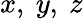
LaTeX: x,\ y,\ z